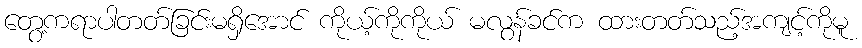
တွေ့ကရာပါတတ်ခြင်းမရှိအောင် ကိုယ့်ကိုကိုယ် မလွန်ခင်က ထားတတ်သည့်အကျင့်ကိုမူ